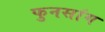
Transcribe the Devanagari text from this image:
फुनसांग